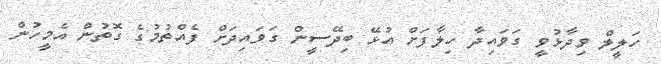
ހަލީލް ވިދާޅުވީ ގަވައިދާ ހިލާފަށް އުޅޭ ބިދޭސީން ގަވައިދަށް ފެއްތުމުގެ ގޮތުން އެމީހުން